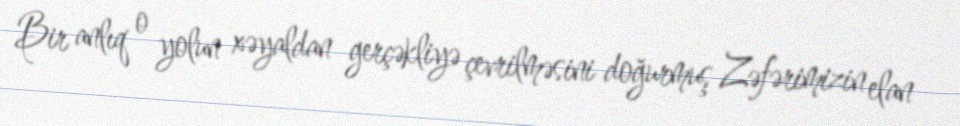
Bir anlıq o yolun xəyaldan gerçəkliyə çevrilməsini doğurmuş Zəfərimizin elan